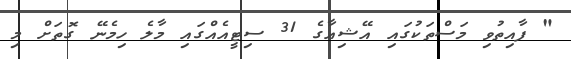
" ފާއިތުވި މަސްތަކުގައި އޭޝިއާގެ 31 ސިޓީއެއްގައި މާލެ ހިމެނޭ ގޮތަށް މި